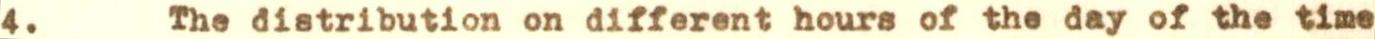
4. The distribution on different hours of the day of the time